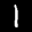
Label: 1